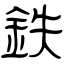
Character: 鉄